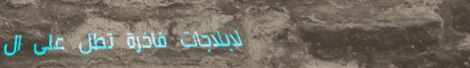
لابلاجات فاخرة تطل على ال